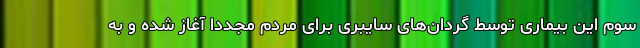
سوم این بیماری توسط گردان‌های سایبری برای مردم مجدداً آغاز شده و به